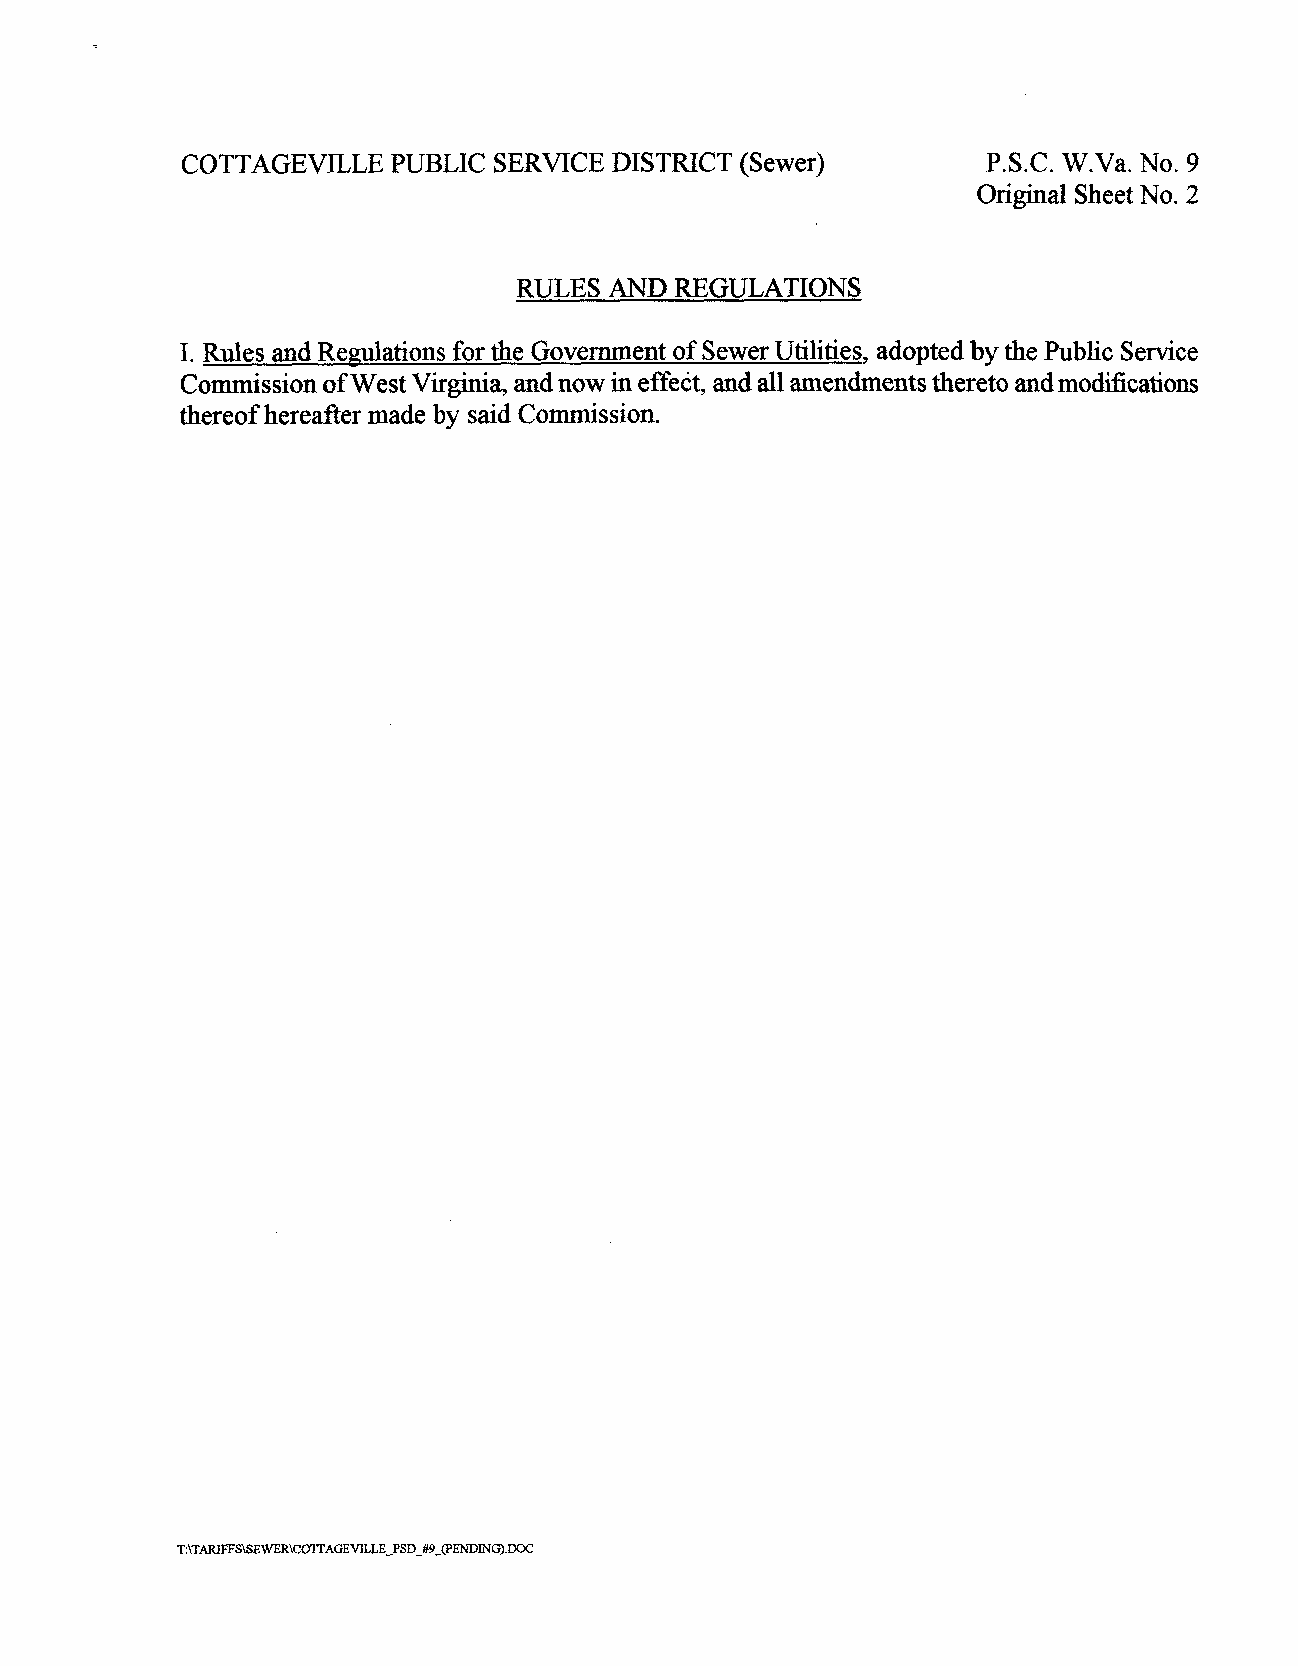
COTTAGEVILLE  PUBLIC SERVICE DISTRICT (Sewer)        P.S.C. W.Va. No. 9
 Original Sheet No. 2
 RULES AND  REGULATIONS
 I. Rules and Redations for the Government of Sewer Utilities, adopted by the Public Service
 Commission of West Virginia, and now in effect, and all amendments thereto andmodifications
 thereof hereafter made by said Commission.